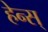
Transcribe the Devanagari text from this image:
हेन्स्